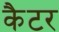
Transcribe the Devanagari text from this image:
कैटर